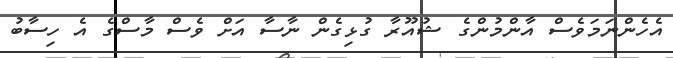
އެހެންނަމަވެސް އާންމުންގެ ޝުއޫރާ ގުޅިގެން ނާސާ އަށް ވެސް މާސްގެ އެ ހިސާބު